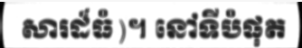
សារដ៏ធំ)។ នៅទីបំផុត